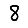
Digit: 8